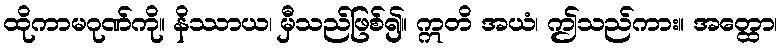
ထိုကာမဂုဏ်ကို။ နိဿာယ၊ မှီသည်ဖြစ်၍။ ဣတိ အယံ၊ ဤသည်ကား။ အတ္ထော၊